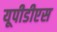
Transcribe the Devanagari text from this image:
यूपीडीएस